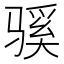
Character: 𫘬